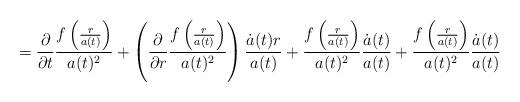
LaTeX: \begin{align*}=\frac{\partial}{\partial t}\frac{f\left( \frac{r}{a(t)}\right) }{a(t)^{2}}+\left( \frac{\partial}{\partial r}\frac{f\left( \frac{r}{a(t)}\right)}{a(t)^{2}}\right) \frac{\dot{a}(t)r}{a(t)}+\frac{f\left( \frac{r}{a(t)}\right) }{a(t)^{2}}\frac{\dot{a}(t)}{a(t)}+\frac{f\left( \frac{r}{a(t)}\right) }{a(t)^{2}}\frac{\dot{a}(t)}{a(t)}\end{align*}